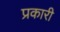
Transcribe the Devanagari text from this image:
प्रकारी